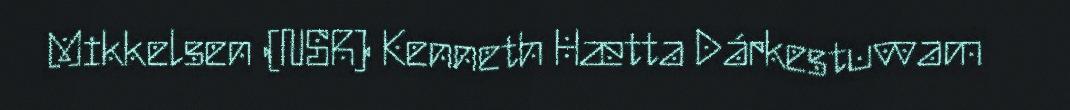
Mikkelsen (NSR) Kenneth Hætta Dárkestuvvam